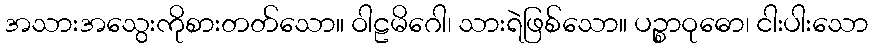
အသားအသွေးကိုစားတတ်သော။ ဝါဠမိဂေါ၊ သားရဲဖြစ်သော။ ပဉ္စာဝုဓော၊ ငါးပါးသော